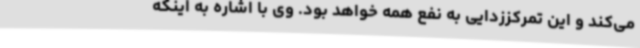
می‌کند و این تمرکززدایی به نفع همه خواهد بود. وی با اشاره به اینکه